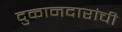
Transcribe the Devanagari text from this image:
दुकानदारांची